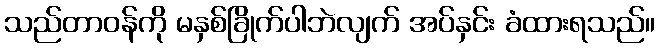
သည်တာဝန်ကို မနှစ်ခြိုက်ပါဘဲလျက် အပ်နှင်း ခံထားရသည်။